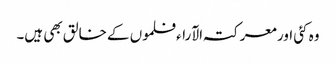
وہ کئی اور معرکتہ الآراء فلموں کے خالق بھی ہیں۔